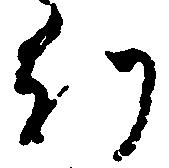
幻